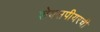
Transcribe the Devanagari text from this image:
शेक्सपीयरची